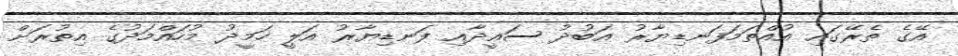
އޭގެ ތެރޭގައި އުއްތަމަފަނޑިޔާރު އަބުދު ސައީދާއި ފަނޑިޔާރު އަލީ ހަމީދު މުހައްމަދުގެ އިތުރަށް